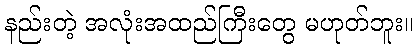
နည်းတဲ့ အလုံးအထည်ကြီးတွေ မဟုတ်ဘူး။